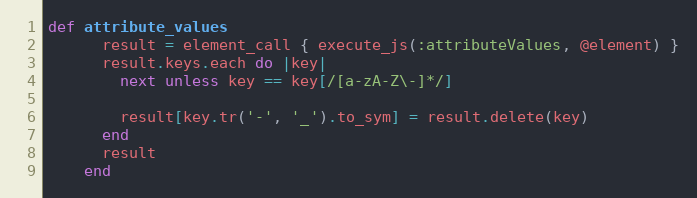
Language: Ruby
def attribute_values
      result = element_call { execute_js(:attributeValues, @element) }
      result.keys.each do |key|
        next unless key == key[/[a-zA-Z\-]*/]

        result[key.tr('-', '_').to_sym] = result.delete(key)
      end
      result
    end